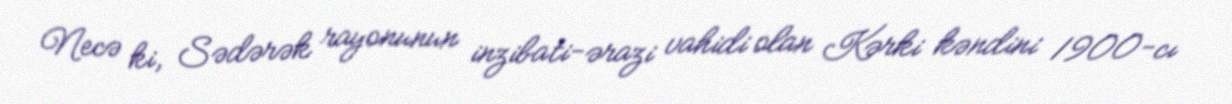
Necə ki, Sədərək rayonunun inzibati-ərazi vahidi olan Kərki kəndini 1900-cı